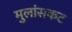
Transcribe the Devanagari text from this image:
मुलांसकट